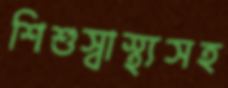
শিশুস্বাস্থ্যসহ